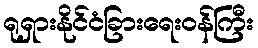
ရုရှားနိုင်ငံခြားရေးဝန်ကြီး